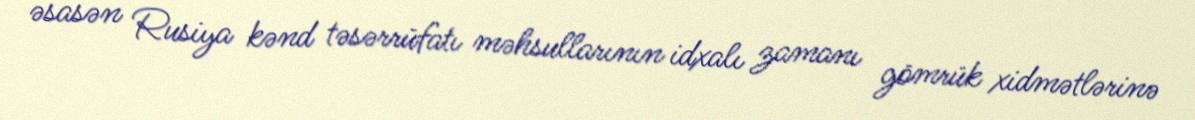
əsasən Rusiya kənd təsərrüfatı məhsullarının idxalı zamanı gömrük xidmətlərinə